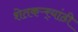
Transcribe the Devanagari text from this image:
शेतकऱ्र्‍यांठी